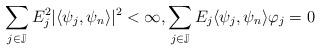
LaTeX: \begin{align*}\sum_{j\in\mathbb{J}}E_j^2|\langle\psi_j, \psi_n\rangle|^2<\infty, \sum_{j\in\mathbb{J}}E_j\langle\psi_j, \psi_n\rangle\varphi_j=0\end{align*}